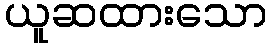
ယူဆထားသော